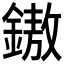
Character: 𨫼